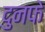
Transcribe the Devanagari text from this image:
दुनफे